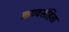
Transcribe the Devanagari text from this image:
कण्वसंहिता